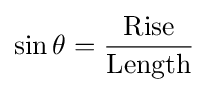
\sin \theta ={\frac {\text{Rise}}{\text{Length}}}